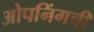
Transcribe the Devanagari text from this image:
ओपनिंगची